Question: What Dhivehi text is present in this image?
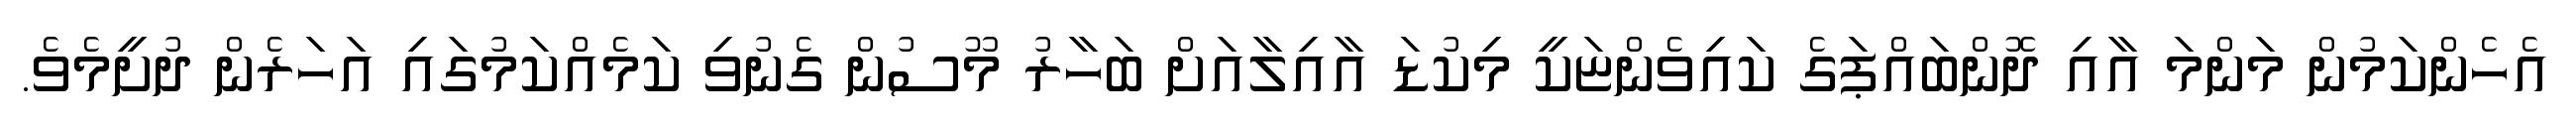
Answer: އެހެންކަމުން މަންމަ އާއި ދޮންބައްޕަގެ ކައިވެންޏަކީ މިކުޑަ އާއިލާއަށް ބަހާރު މޫސުން ގެނުވި ކަމެއްކަމުގައި އަހަރެން ދުށީމެވެ.